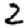
Digit: 2